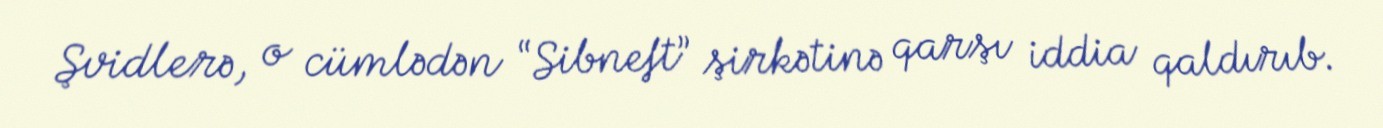
Şvidlerə, o cümlədən “Sibneft” şirkətinə qarşı iddia qaldırıb.